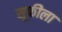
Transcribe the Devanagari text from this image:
सूफीला